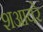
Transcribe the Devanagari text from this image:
शआयरे